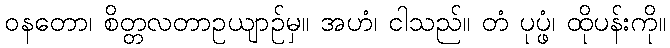
ဝနတော၊ စိတ္တလတာဥယျာဉ်မှ။ အဟံ၊ ငါသည်။ တံ ပုပ္ဖံ၊ ထိုပန်းကို။